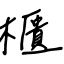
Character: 櫃